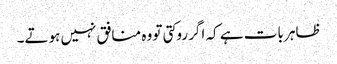
ظاہر بات ہے کہ اگر روکتی تو وہ منافق نہیں ہوتے۔